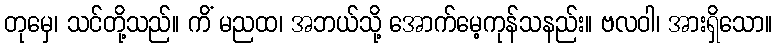
တုမှေ၊ သင်တို့သည်။ ကိံ မညထ၊ အဘယ်သို့ အောက်မေ့ကုန်သနည်း။ ဗလဝါ၊ အားရှိသော။